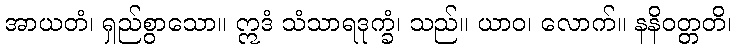
အာယတံ၊ ရှည်စွာသော။ ဣဒံ သံသာရဒုက္ခံ၊ သည်။ ယာဝ၊ လောက်။ နနိဝတ္တတိ၊